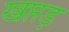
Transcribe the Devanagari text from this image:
खप्तड़